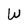
Character: W